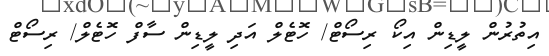
އިތުރުން ލީޑިން އިކޯ ރިސޯޓް/ ހޮޓެލް އަދި ލީޑިން ސާފް ހޮޓެލް/ ރިސޯޓް